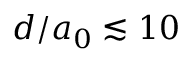
d / a _ { 0 } \lesssim 1 0